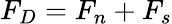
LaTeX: F_{D}=F_{n}+F_{s}